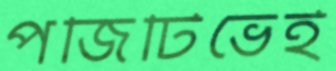
পজিটিভেই